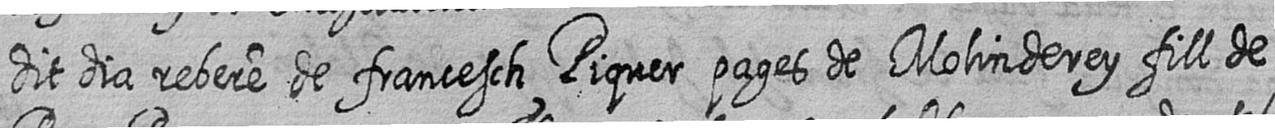
dit dia rebere de francesch Piquer pages de Molinderey fill de